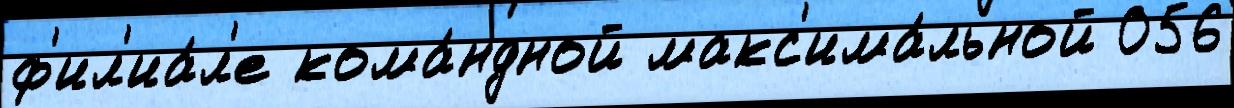
ф'ил'иа́л'е кома́ндной макс'има́льной 056